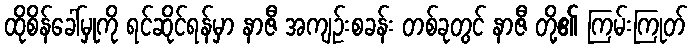
ထိုစိန်ခေါ်မှုကို ရင်ဆိုင်ရန်မှာ နာဇီ အကျဉ်းစခန်း တစ်ခုတွင် နာဇီ တို့၏ ကြမ်းကြုတ်